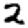
Digit: 2